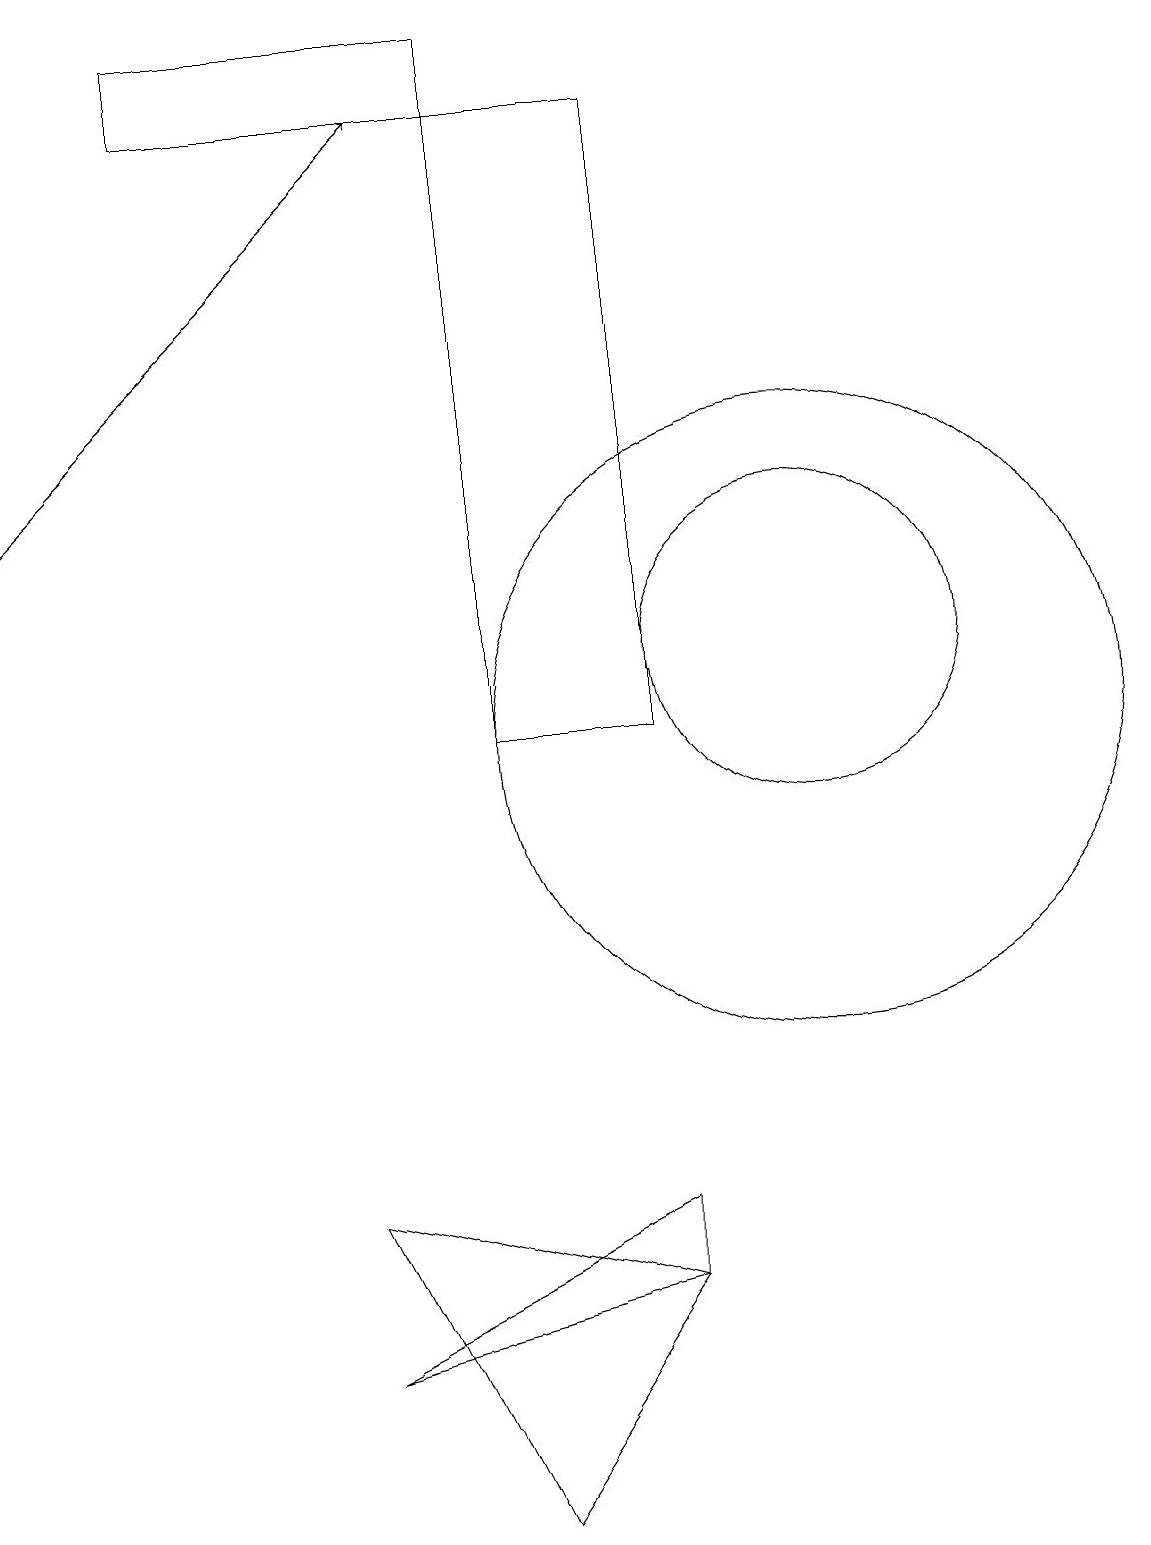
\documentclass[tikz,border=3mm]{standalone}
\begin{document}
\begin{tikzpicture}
\draw[->] (1,13) -- (6,18);
\draw (9,3) -- (9,4) -- (5,2) -- cycle;
\draw (9,11) rectangle (9,18);
\draw (11,10) circle (4);
\draw (7,18) rectangle (9,10);
\draw (7,0) -- (5,4) -- (9,3) -- cycle;
\draw (11,11) circle (2);
\draw (3,19) rectangle (7,18);
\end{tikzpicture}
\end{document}